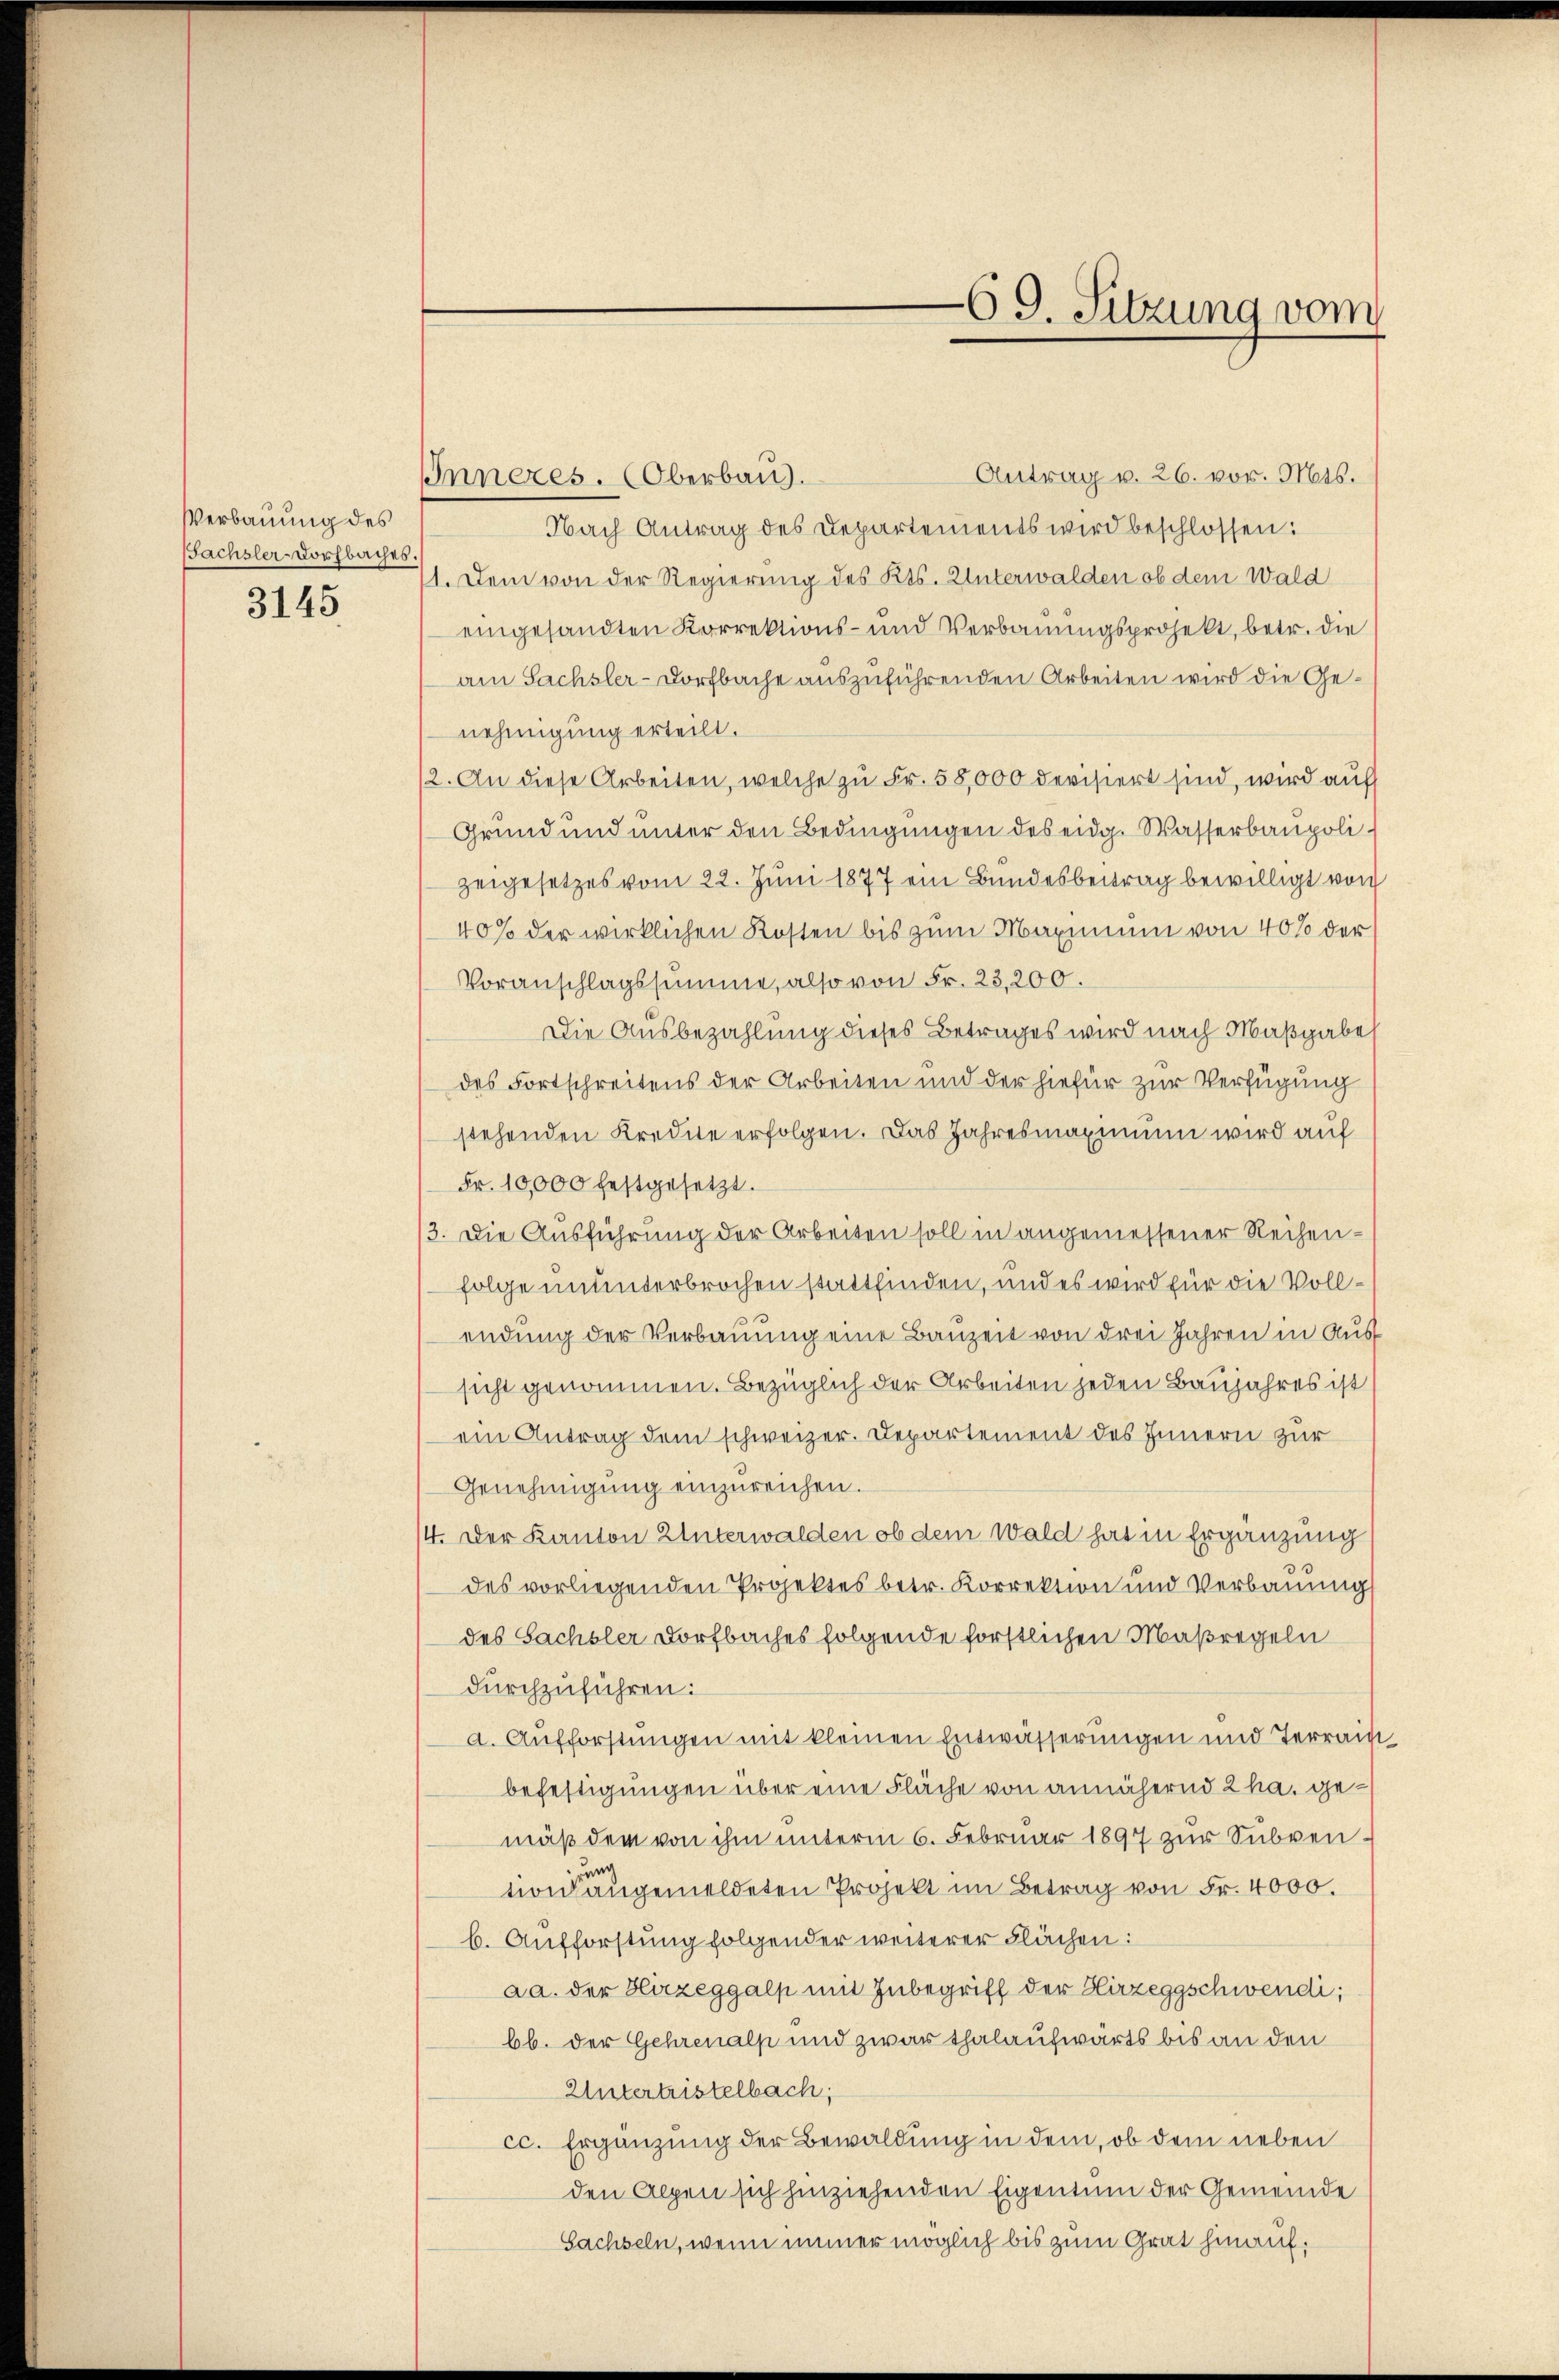
Verbauung des
Sachsler-Dorfbaches.
3145

Antrag v. 26. vor. Mts.
Inneres. Oberbau.
Nach Antrag des Departements wird beschlossen:
11. Dem von der Regierung des Kts. Unterwalden ob dem Wald
eingesandten Korrektions- und Verbauungsprojekt, betr. die
am Sachsler-Dorfbache auszuführenden Arbeiten wird die Genehmigung erteilt.
2. An diese Arbeiten, welche zu Fr. 58,000 devisiert sind, wird auf
Grund und unter den Bedingŭngen des eidg. Wasserbaupolizeigesetzes vom 22. Juni 1877 ein Bundesbeitrag bewilligt von
40% der wirklichen Kosten bis zum Maximum von 40% der
Voranschlagssumme, also von Fr. 23,200.
Die Ausbezahlung dieses Betrages wird nach Maßgabe
des Fortschreitens der Arbeiten und der hiefür zur Verfügung
stehenden Kredite erfolgen. Das Jahresmaximum wird auf
Fr. 10,000 festgesetzt.
3. Die Ausführung der Arbeiten soll in angemessener Reihen-
folge ununterbrochen stattfinden, und es wird für die Vollendung der Verbauung eine Bauzeit von drei Jahren in Aus
sicht genommen. Bezüglich der Arbeiten jeden Baujahres ist
ein Antrag dem schweizer. Departement des Innern zur
Genehmigung einzureichen.
4. Der Kanton Unterwalden ob dem Wald hat in Ergänzung
des vorliegenden Projektes betr. Korrektion und Verbauung
des Sachsler Dorfbaches folgende forstlichen Maßregeln
durchzuführen:
a. Aufforstungen mit kleinen Entwässerungen und Terrain
befestigungen über eine Fläche von annähernd 2 ha, gemäß dem von ihm unterm 6. Februar 1897 zur Subventon angemeldeten Projekt im Betrag von Fr. 4000.
b. Aufforstung folgender weiterer Flächen:
aa. der Hirzeggalp mit Inbegriff der Hirzeggschwendi;
bb. der Gehrenalp und zwar thalaufwärts bis an den
Untertristelbach,
cc. Ergänzung der Bewaldung in dem, ob dem neben
den Alpen sich hinziehenden Eigentum der Gemeinde
Sachseln, wenn immer möglich bis zum Grat hinauf¬

69. Sitzung vom